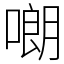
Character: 𠻴